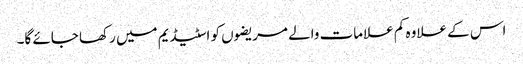
اس کے علاوہ کم علامات والے مریضوں کو اسٹیڈیم میں رکھا جائے گا۔